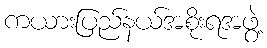
ကယားပြည်နယ်အစိုးရအဖွဲ့